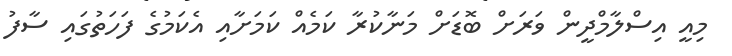
މިއީ އިސްލާމްދީން ވަރަށް ބޮޑަށް މަނާކުރާ ކަމެއް ކަމަށާއި އެކަމުގެ ފަހަތުގައި ސާފު